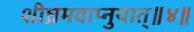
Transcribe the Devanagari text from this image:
शीघ्रमवाप्नुयात्॥४॥